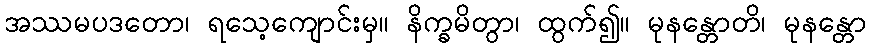
အဿမပဒတော၊ ရသေ့ကျောင်းမှ။ နိက္ခမိတွာ၊ ထွက်၍။ မုနန္တောတိ၊ မုနန္တော